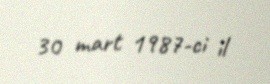
30 mart 1987-ci il